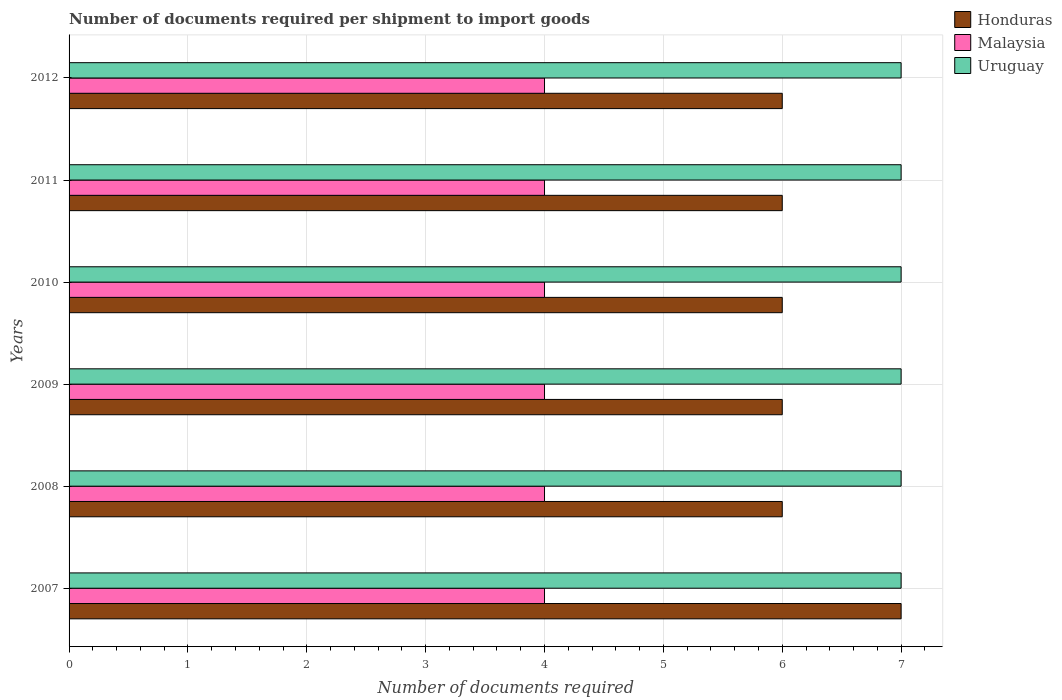
| Years | Honduras | Malaysia | Uruguay |
 | --- | --- | --- | --- |
 | 2007 | 7 | 4 | 7 |
 | 2008 | 6 | 4 | 7 |
 | 2009 | 6 | 4 | 7 |
 | 2010 | 6 | 4 | 7 |
 | 2011 | 6 | 4 | 7 |
 | 2012 | 6 | 4 | 7 |